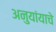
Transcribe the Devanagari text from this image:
अनुयांयाचे